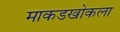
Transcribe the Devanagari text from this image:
माकडखोकला